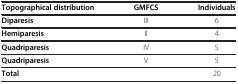
| Topographical distribution | GMFCS | Individuals |
 | --- | --- | --- |
 | Diparesis | III | 6 |
 | Hemiparesis | II | 4 |
 | Quadriparesis | IV | 5 |
 | Quadriparesis | V | 5 |
 | Total |  | 20 |